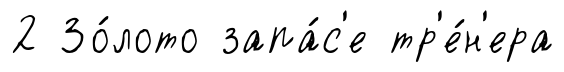
2 Зо́лото запа́с'е тр'е́н'ера